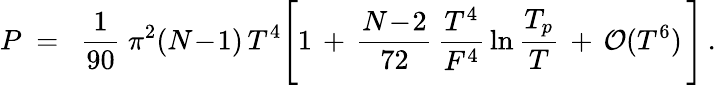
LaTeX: P\ =\ \mathrm{~\frac{1}{90}~}{\pi}^{2}(N\! -\! 1)\, T^{4}\Bigg[1\, +\, \frac{N\! -\! 2}{72}\, \frac{T^{4}}{F^{4}}\, \ln{\frac{T_{p}}{T}}\, +\, {\cal O}(T^{6})\, \Bigg]\, .